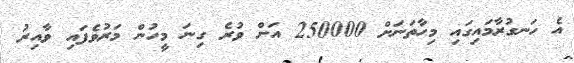
އެ ހަނގުރާމައިގައި މިހާތަނަށް 250000 އަށް ވުރެ ގިނަ މީހުން މަރުވެފައި ވާއިރު